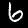
Digit: 6